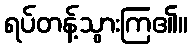
ရပ်တန့်သွားကြ၏။